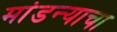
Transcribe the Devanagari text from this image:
मांडन्याचा